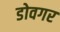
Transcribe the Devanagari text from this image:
डोवगर